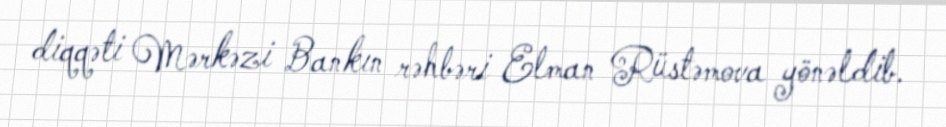
diqqəti Mərkəzi Bankın rəhbəri Elman Rüstəmova yönəldib.